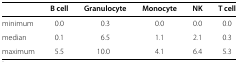
<table><thead><tr><td><b> </b></td><td><b>B cell</b></td><td><b>Granulocyte</b></td><td><b>Monocyte</b></td><td><b>NK</b></td><td><b>T cell</b></td></tr></thead><tbody><tr><td>minimum</td><td>0.0</td><td>0.3</td><td>0.0</td><td>0.0</td><td>0.0</td></tr><tr><td>median</td><td>0.1</td><td>6.5</td><td>1.1</td><td>2.1</td><td>0.3</td></tr><tr><td>maximum</td><td>5.5</td><td>10.0</td><td>4.1</td><td>6.4</td><td>5.3</td></tr></tbody></table>